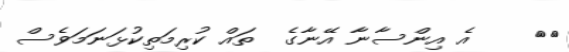
١٥    އެ އިންސާނާ އޭނާގެ  ތައް ކުރިމަތިކުޅަނަމަވެސް